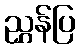
ညွှန်ပြ